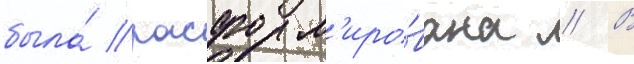
была́ расформ'иро́вана // В